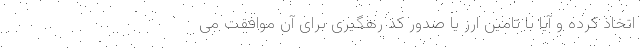
اتخاذ کرده و آیا با تامین ارز یا صدور کد رهگیری برای آن موافقت می